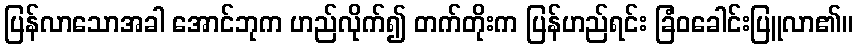
ပြန်လာသောအခါ အောင်ဘုက ဟည်လိုက်၍ တက်တိုးက ပြန်ဟည်ရင်း ခြံဝခေါင်းပြူလာ၏။